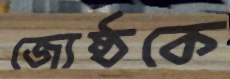
জ্যেষ্ঠকে